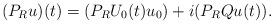
LaTeX: \begin{align*}(P_Ru)(t)=(P_RU_0(t)u_0)+i(P_RQu(t)).\end{align*}